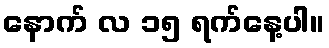
နောက် လ ၁၅ ရက်နေ့ပါ။